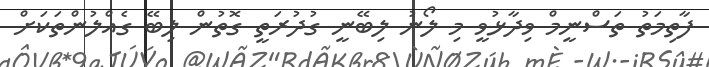
ފާތިމަތު ތަސްނީމް ވިދާޅުވީ މި ލޯނު ލިބޭނީ ގުދުރަތީ ގޮތުން ލިބޭ ގެއްލުންތަކަށް